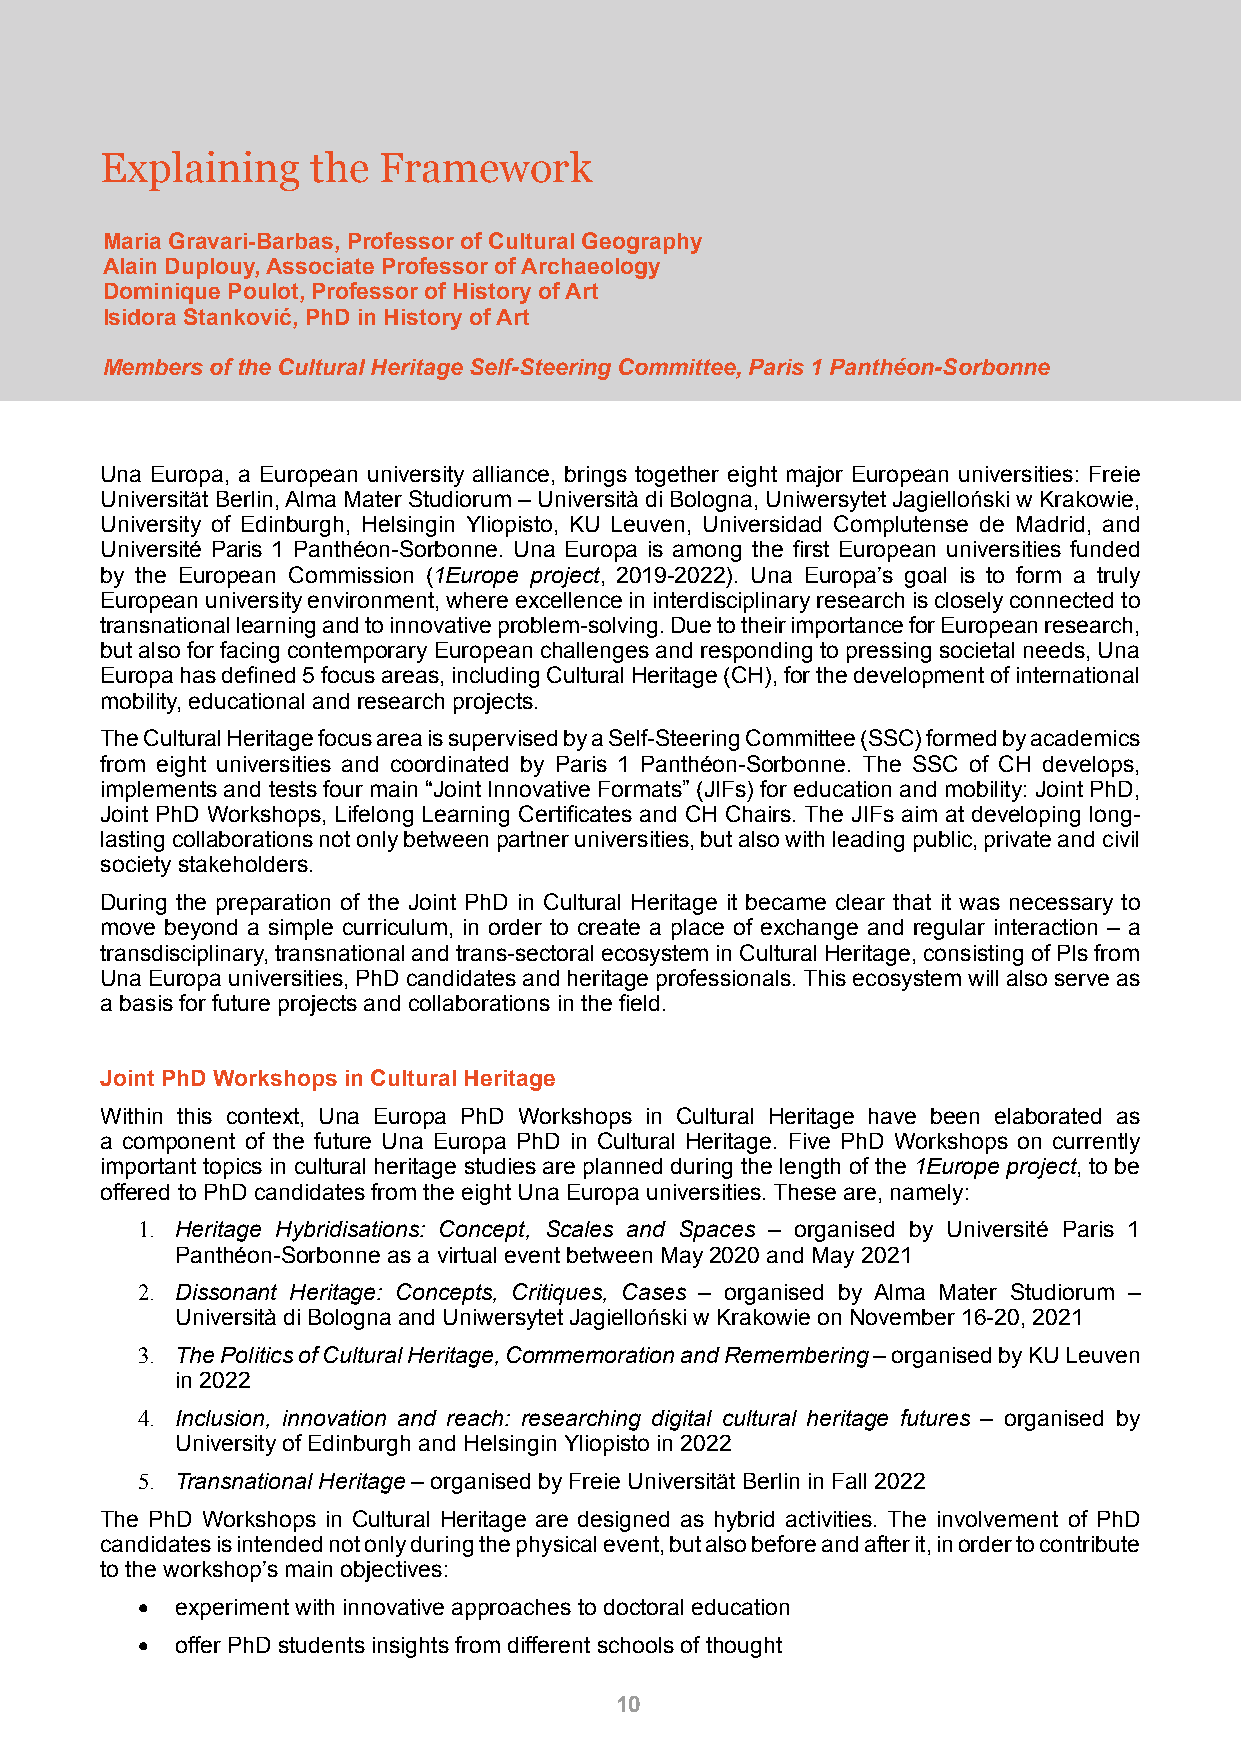
Explaining    the Framework
 Maria Gravari-Barbas, Professor of Cultural Geography
 Alain Duplouy, Associate Professor of Archaeology
 Dominique Poulot, Professor of History of Art
 Isidora Stanković, PhD in History of Art
 Members of the Cultural Heritage Self-Steering Committee, Paris 1 Panthéon-Sorbonne
 Una Europa, a European university alliance, brings together eight major European universities: Freie
 Universität Berlin, Alma Mater Studiorum – Università di Bologna, Uniwersytet Jagielloński w Krakowie,
 University of Edinburgh, Helsingin Yliopisto, KU Leuven, Universidad Complutense de Madrid, and
 Université Paris 1 Panthéon-Sorbonne. Una Europa is among the first European universities funded
 by the European Commission (1Europe project, 2019-2022). Una Europa’s goal is to form a truly
 European university environment, where excellence in interdisciplinary research is closely connected to
 transnational learning and to innovative problem-solving. Due to their importance for European research,
 but also for facing contemporary European challenges and responding to pressing societal needs, Una
 Europa has defined 5 focus areas, including Cultural Heritage (CH), for the development of international
 mobility, educational and research projects.
 The Cultural Heritage focus area is supervised by a Self-Steering Committee (SSC) formed by academics
 from eight universities and coordinated by Paris 1 Panthéon-Sorbonne. The SSC of CH develops,
 implements and tests four main “Joint Innovative Formats” (JIFs) for education and mobility: Joint PhD,
 Joint PhD Workshops, Lifelong Learning Certificates and CH Chairs. The JIFs aim at developing long-
 lasting collaborations not only between partner universities, but also with leading public, private and civil
 society stakeholders.
 During the preparation of the Joint PhD in Cultural Heritage it became clear that it was necessary to
 move beyond a simple curriculum, in order to create a place of exchange and regular interaction – a
 transdisciplinary, transnational and trans-sectoral ecosystem in Cultural Heritage, consisting of PIs from
 Una Europa universities, PhD candidates and heritage professionals. This ecosystem will also serve as
 a basis for future projects and collaborations in the field.
 Joint PhD Workshops in Cultural Heritage
 Within this context, Una Europa PhD Workshops in Cultural Heritage have been elaborated as
 a component of the future Una Europa PhD in Cultural Heritage. Five PhD Workshops on currently
 important topics in cultural heritage studies are planned during the length of the 1Europe project, to be
 offered to PhD candidates from the eight Una Europa universities. These are, namely:
 1. Heritage Hybridisations: Concept, Scales and Spaces – organised by Université Paris 1
 Panthéon-Sorbonne as a virtual event between May 2020 and May 2021
 2. Dissonant Heritage: Concepts, Critiques, Cases – organised by Alma Mater Studiorum –
 Università di Bologna and Uniwersytet Jagielloński w Krakowie on November 16-20, 2021
 3. The Politics of Cultural Heritage, Commemoration and Remembering – organised by KU Leuven
 in 2022
 4. Inclusion, innovation and reach: researching digital cultural heritage futures – organised by
 University of Edinburgh and Helsingin Yliopisto in 2022
 5. Transnational Heritage – organised by Freie Universität Berlin in Fall 2022
 The PhD Workshops in Cultural Heritage are designed as hybrid activities. The involvement of PhD
 candidates is intended not only during the physical event, but also before and after it, in order to contribute
 to the workshop’s main objectives:
 •  experiment with innovative approaches to doctoral education
 •  offer PhD students insights from different schools of thought
 10